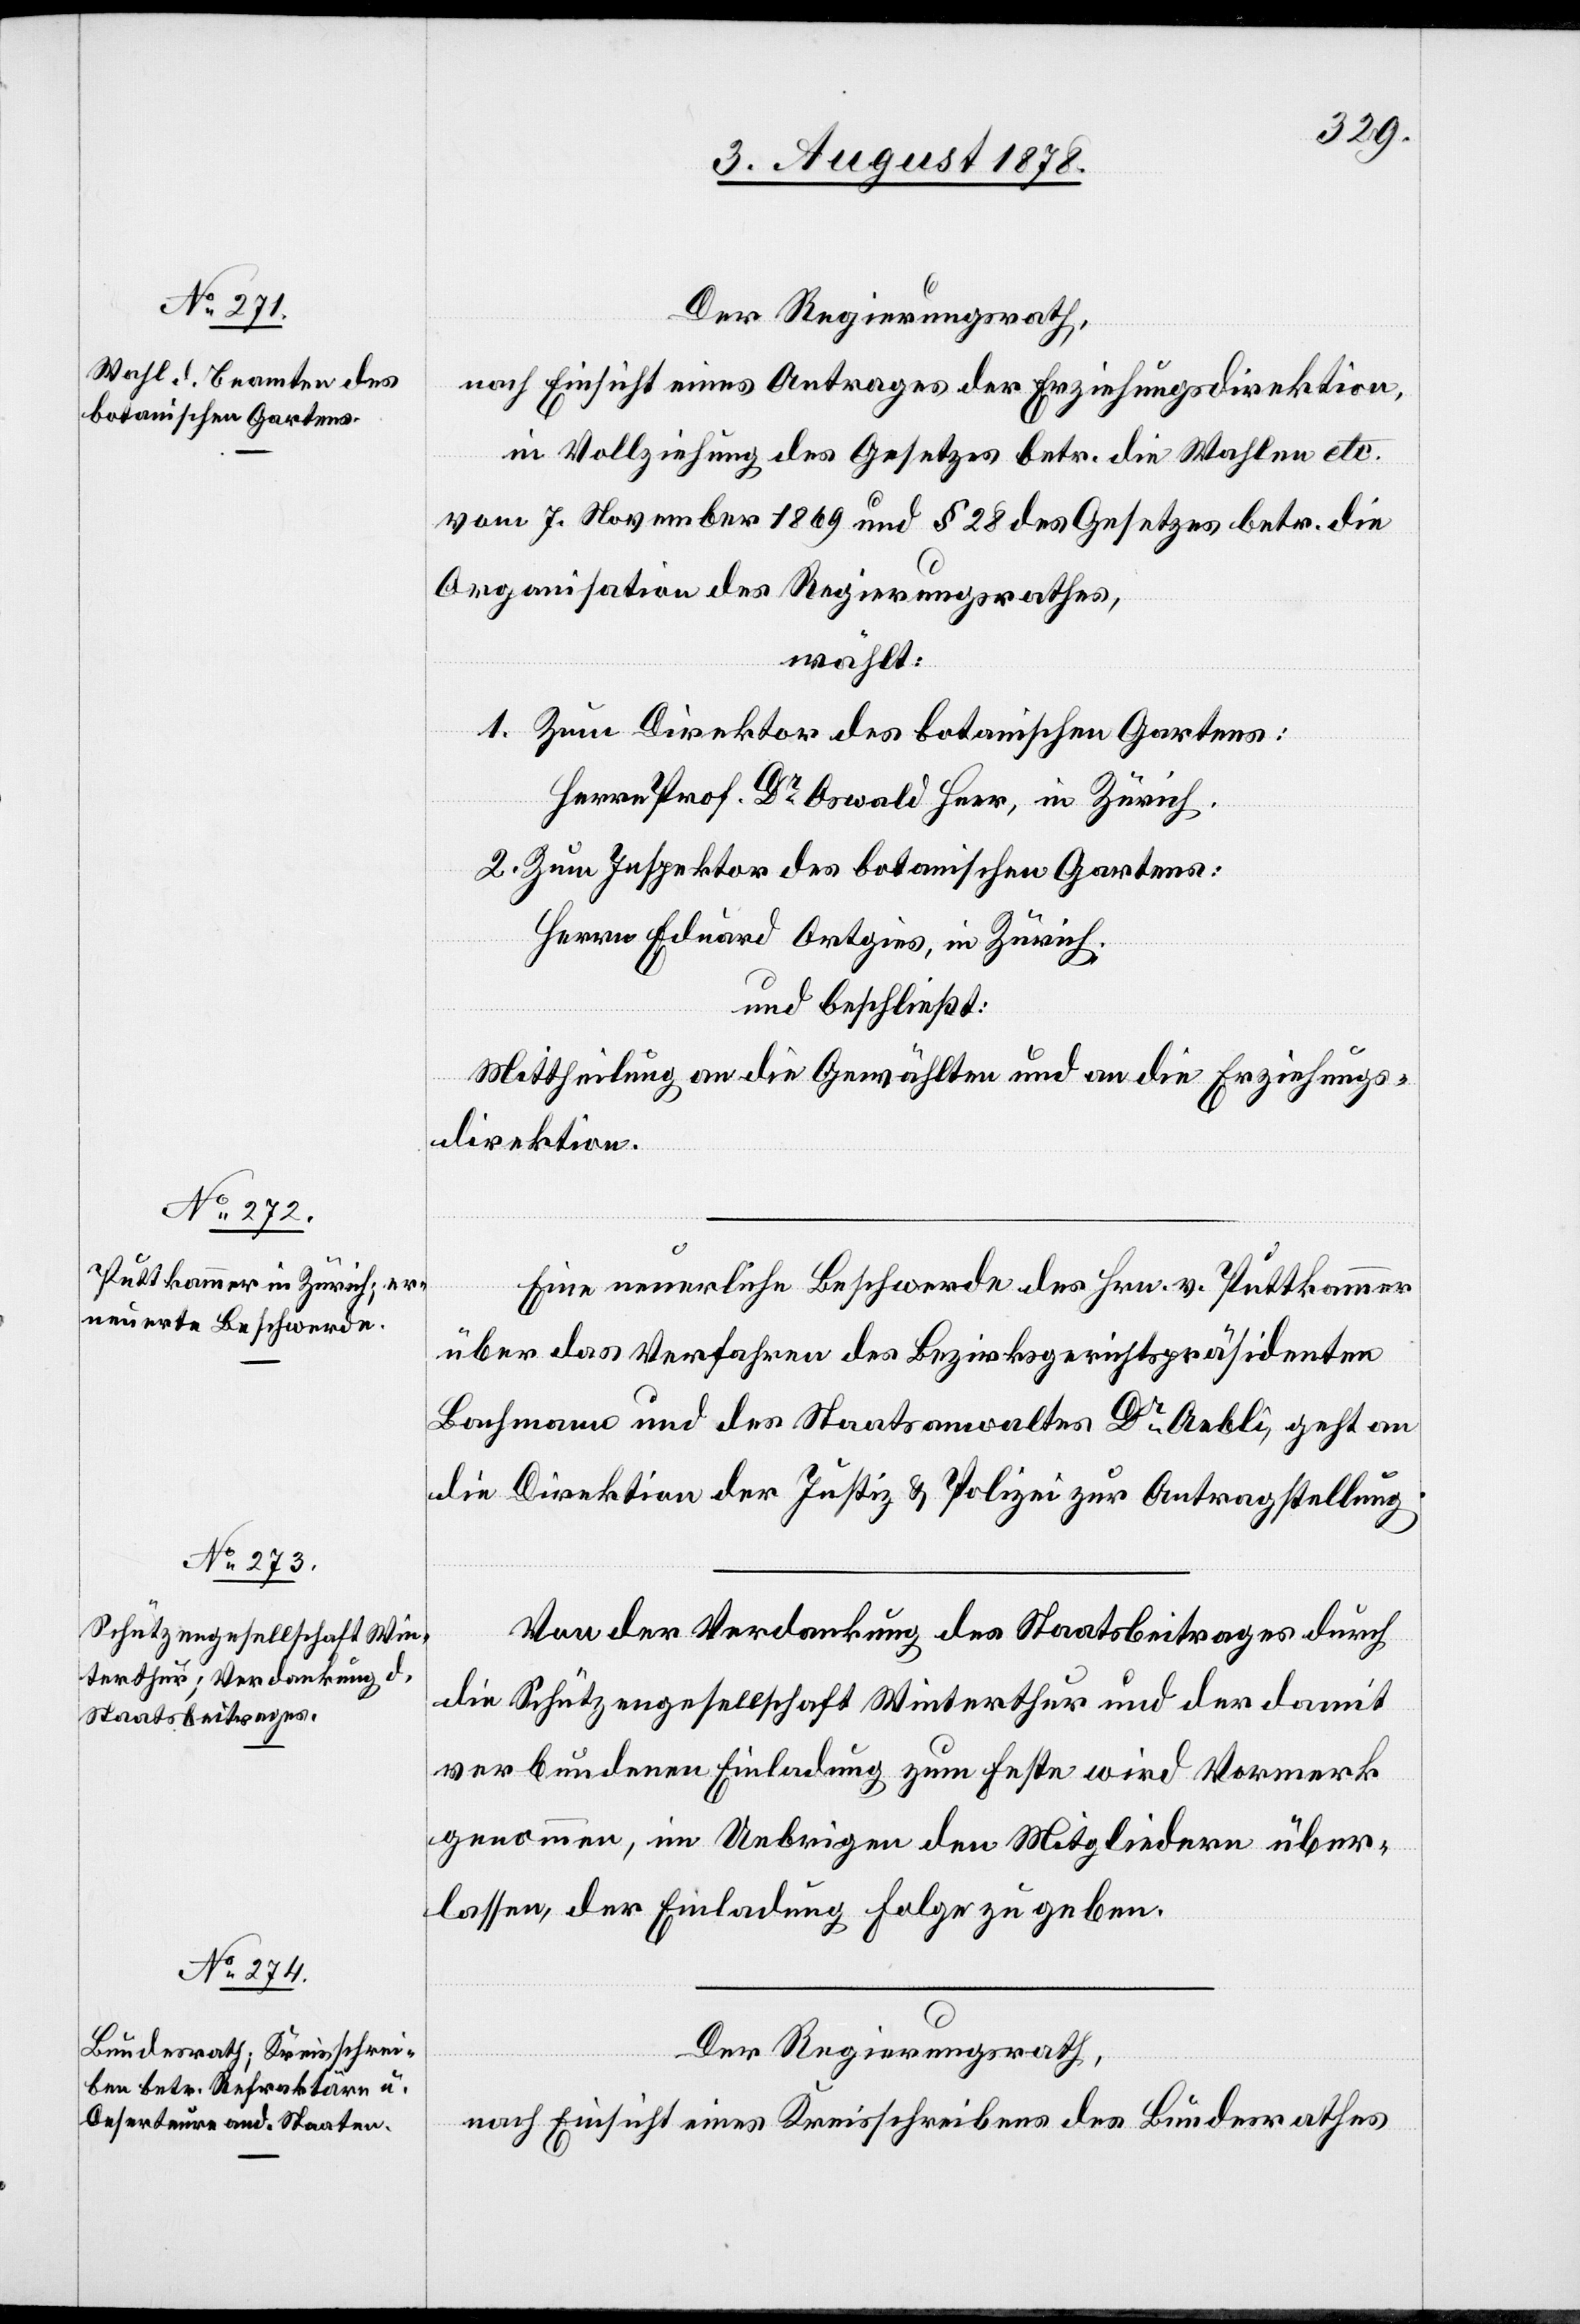
Der Regierungsrath,
nach Einsicht eines Antrages der Erziehungsdirektion,
in Vollziehung des Gesetzes betr. die Wahlen etc.
vom 7. November 1869 und § 28 des Gesetzes betr. die
Organisation des Regierungsrathes,
wählt:
1. Zum Direktor des botanischen Gartens:
Herrn Prof. Dr Oswald Heer, in Zürich.
2. Zum Inspektor des botanischen Gartens:
Herrn Eduard Ortgies, in Zürich.
und beschließt:
Mittheilung an die Gewählten und an die Erziehungs¬
direktion.
Eine neuerliche Beschwerde des Hrn. v. Puttkammer
über das Verfahren des Bezirksgerichtspräsidenten
Bachmann und des Staatsanwaltes Dr Aebli, geht an
die Direktion der Justiz & Polizei zur Antragstellung.
Von der Verdankung des Staatsbeitrages durch
die Schützengesellschaft Winterthur und der damit
verbundenen Einladung zum Feste wird Vormerk
genommen, im Uebrigen den Mitgliedern über¬
lassen, der Einladung Folge zu geben.
Der Regierungsrath,
nach Einsicht eines Kreisschreibens des Bundesrathes